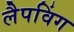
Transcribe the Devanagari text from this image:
लैपविंग